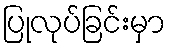
ပြုလုပ်ခြင်းမှာ